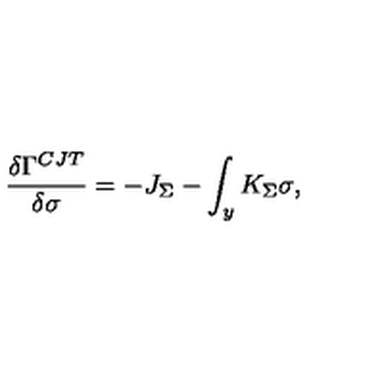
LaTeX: { \frac { \delta \Gamma ^ { C J T } } { \delta \sigma } } = - J _ { \Sigma } - \int _ { y } K _ { \Sigma } \sigma ,